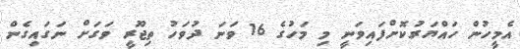
އެމީހުން ހައްޔަރުކޮށްފައިވަނީ މި މަހުގެ 16 ވަނަ ދުވަހު ތިޖޫރީ ވަގަށް ނަގައިގެން